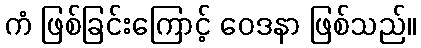
ကံ ဖြစ်ခြင်းကြောင့် ဝေဒနာ ဖြစ်သည်။